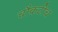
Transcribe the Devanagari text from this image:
चौकटीच